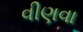
વીણવા